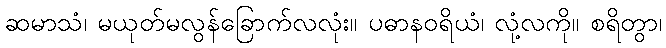
ဆမာသံ၊ မယုတ်မလွန်ခြောက်လလုံး။ ပဓာနဝရိယံ၊ လုံ့လကို။ စရိတွာ၊